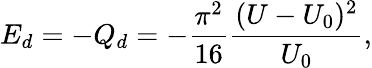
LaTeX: E_{d}=-Q_{d}=-\frac{\pi^{2}}{16}\frac{(U-U_{0})^{2}}{U_{0}},